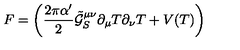
F = \left( \frac { 2 \pi \alpha ^ { \prime } } { 2 } \tilde { \mathcal { G } } _ { S } ^ { \mu \nu } \partial _ { \mu } T \partial _ { \nu } T + V ( T ) \right)